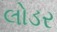
લોડર